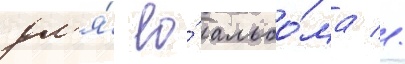
дл'я́ ео́ альбо́ма //